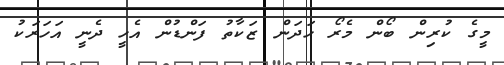
މީގެ ކުރިން ބޯން މެރޯ ހަދަން ޒަކާތު ފަންޑުން އެހީ ދެނީ އަހަރަކު